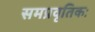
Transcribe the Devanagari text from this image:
समप्रवृतिकः